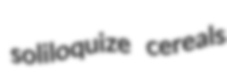
soliloquize cereals